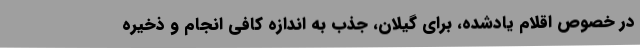
در خصوص اقلام یادشده، برای گیلان، جذب به اندازه کافی انجام و ذخیره